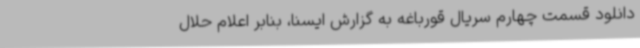
دانلود قسمت چهارم سریال قورباغه به گزارش ایسنا، بنابر اعلام حلال